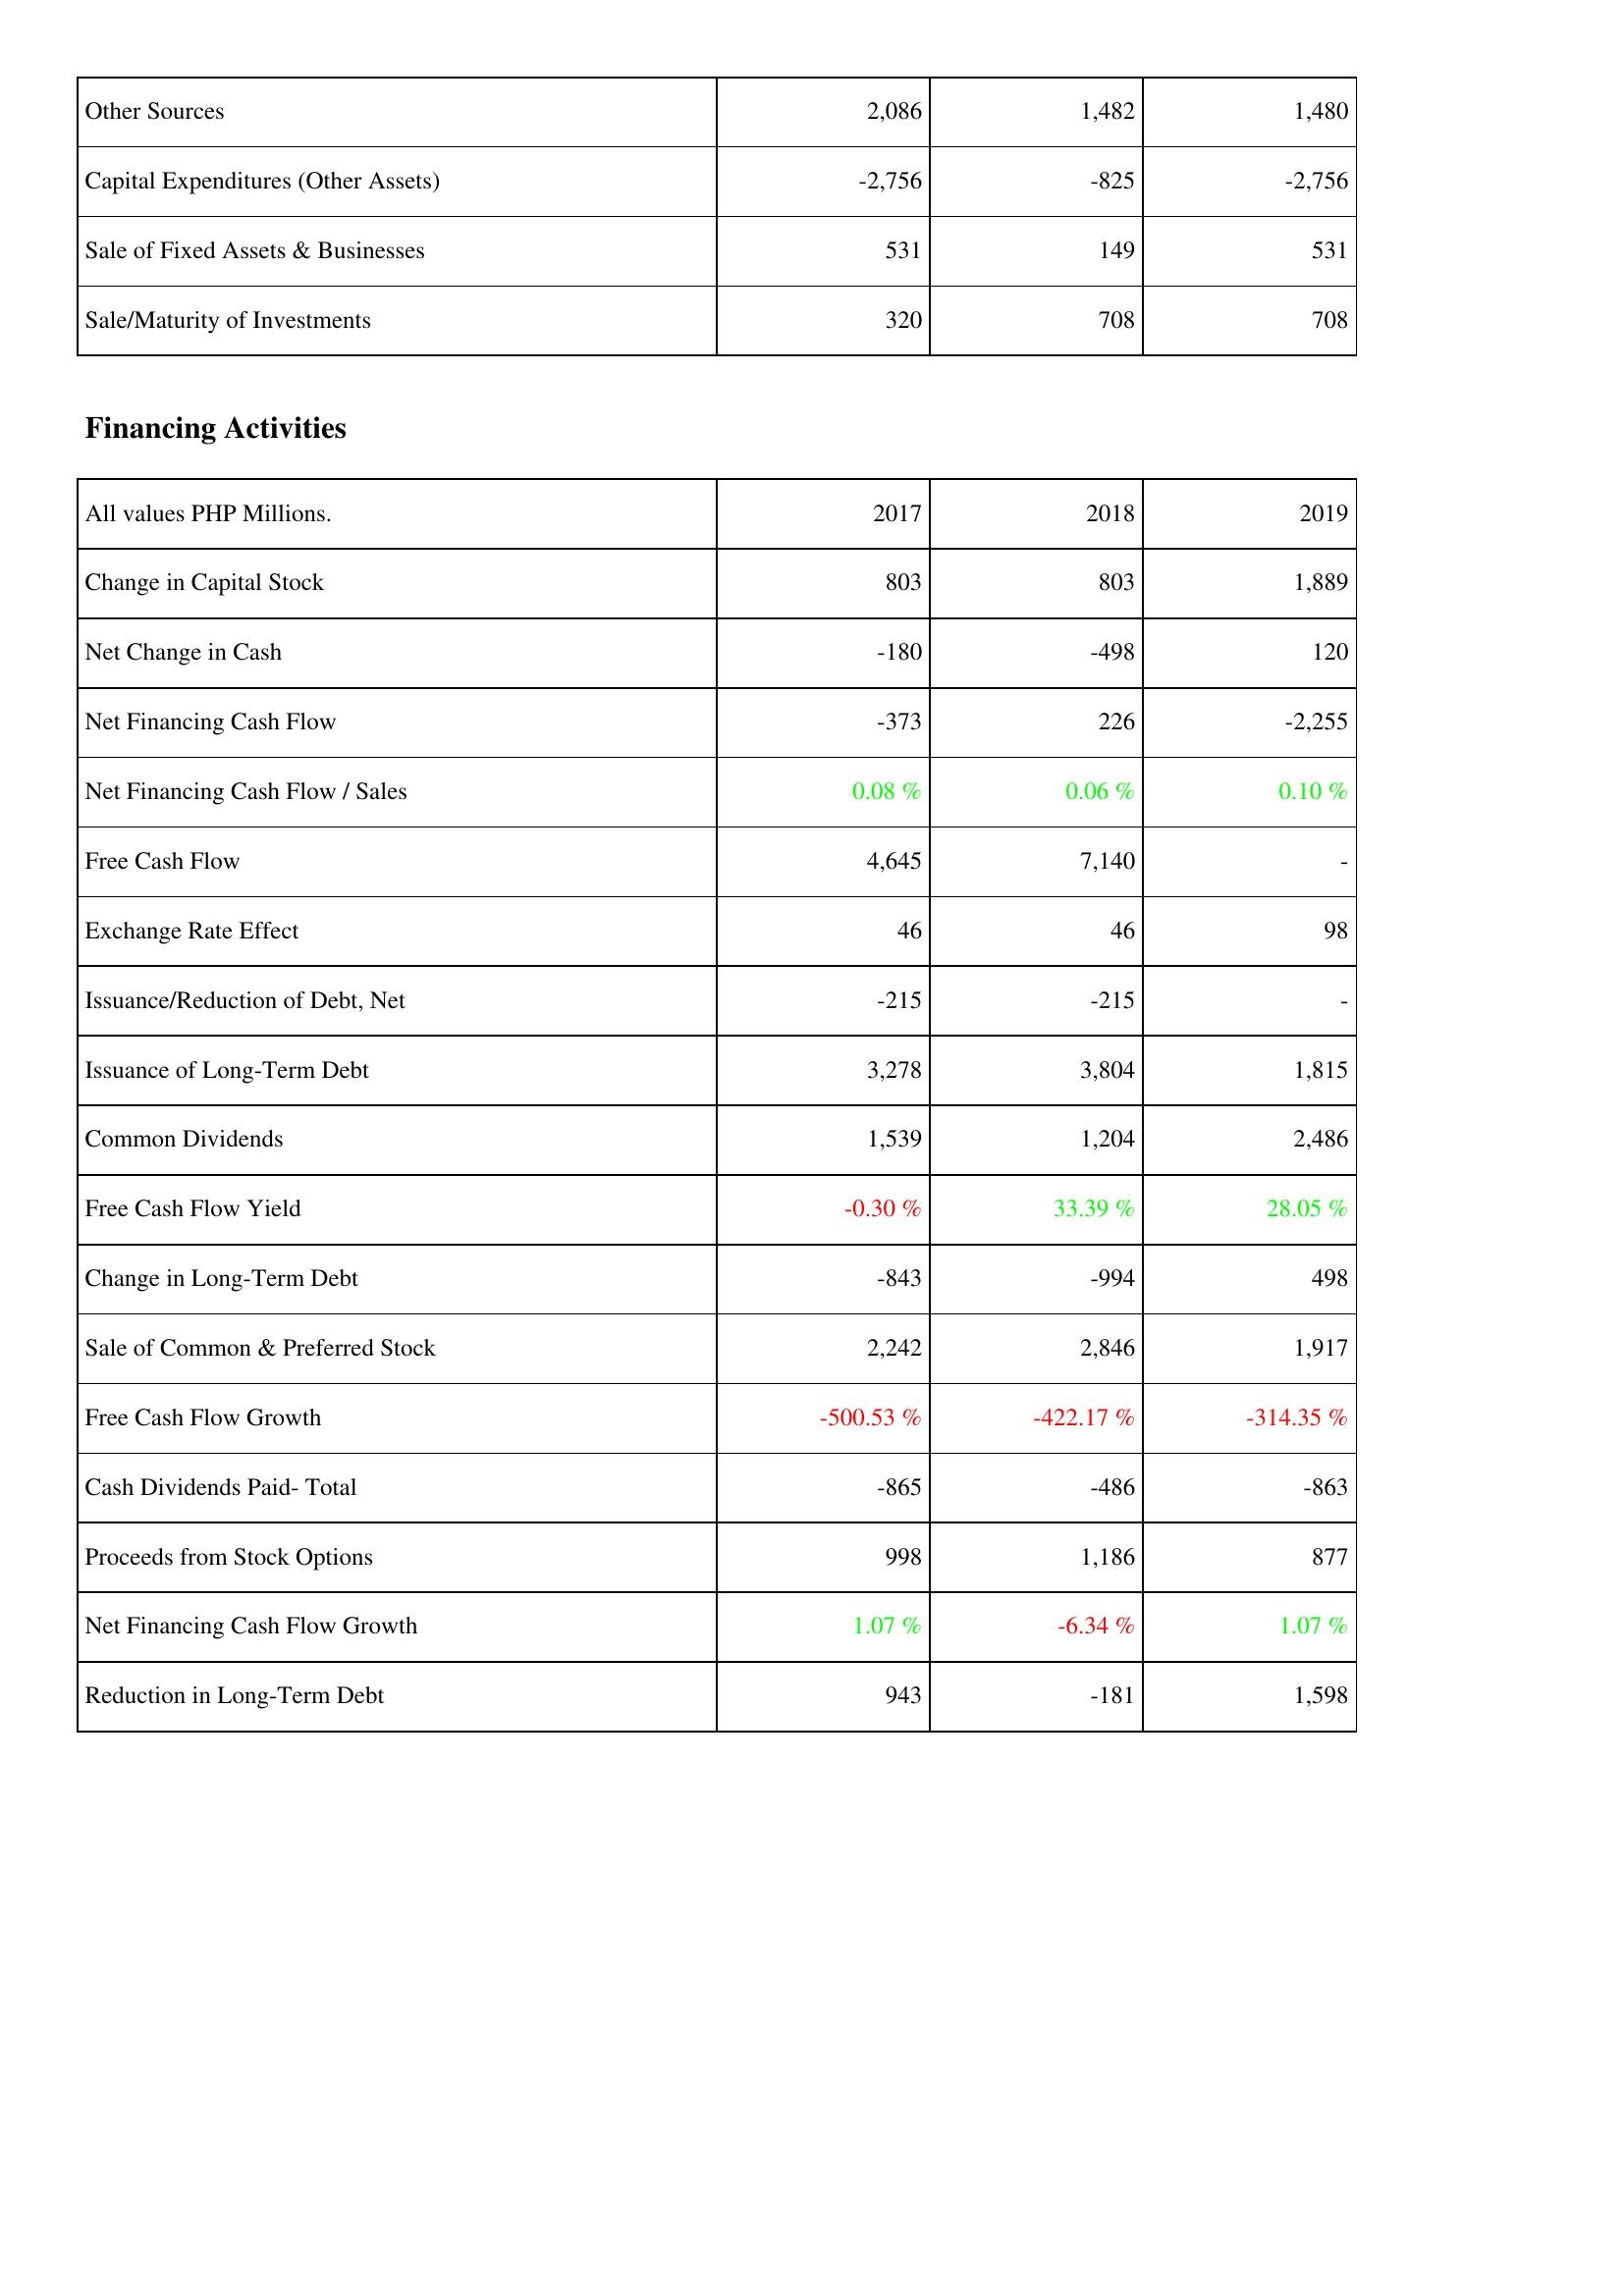
2017: Investing Activities: Other Sources: 2,086
Capital Expenditures (Other Assets): -2,756
Sale of Fixed Assets & Businesses: 531
Sale/Maturity of Investments: 320
Financing Activities: Change in Capital Stock: 803
Net Change in Cash: -180
Net Financing Cash Flow: -373
Net Financing Cash Flow / Sales: 0.08 %
Free Cash Flow: 4,645
Exchange Rate Effect: 46
Issuance/Reduction of Debt, Net: -215
Issuance of Long-Term Debt: 3,278
Common Dividends: 1,539
Free Cash Flow Yield: -0.30 %
Change in Long-Term Debt: -843
Sale of Common & Preferred Stock: 2,242
Free Cash Flow Growth: -500.53 %
Cash Dividends Paid- Total: -865
Proceeds from Stock Options: 998
Net Financing Cash Flow Growth: 1.07 %
Reduction in Long-Term Debt: 943
2018: Investing Activities: Other Sources: 1,482
Capital Expenditures (Other Assets): -825
Sale of Fixed Assets & Businesses: 149
Sale/Maturity of Investments: 708
Financing Activities: Change in Capital Stock: 803
Net Change in Cash: -498
Net Financing Cash Flow: 226
Net Financing Cash Flow / Sales: 0.06 %
Free Cash Flow: 7,140
Exchange Rate Effect: 46
Issuance/Reduction of Debt, Net: -215
Issuance of Long-Term Debt: 3,804
Common Dividends: 1,204
Free Cash Flow Yield: 33.39 %
Change in Long-Term Debt: -994
Sale of Common & Preferred Stock: 2,846
Free Cash Flow Growth: -422.17 %
Cash Dividends Paid- Total: -486
Proceeds from Stock Options: 1,186
Net Financing Cash Flow Growth: -6.34 %
Reduction in Long-Term Debt: -181
2019: Investing Activities: Other Sources: 1,480
Capital Expenditures (Other Assets): -2,756
Sale of Fixed Assets & Businesses: 531
Sale/Maturity of Investments: 708
Financing Activities: Change in Capital Stock: 1,889
Net Change in Cash: 120
Net Financing Cash Flow: -2,255
Net Financing Cash Flow / Sales: 0.10 %
Free Cash Flow: -
Exchange Rate Effect: 98
Issuance/Reduction of Debt, Net: -
Issuance of Long-Term Debt: 1,815
Common Dividends: 2,486
Free Cash Flow Yield: 28.05 %
Change in Long-Term Debt: 498
Sale of Common & Preferred Stock: 1,917
Free Cash Flow Growth: -314.35 %
Cash Dividends Paid- Total: -863
Proceeds from Stock Options: 877
Net Financing Cash Flow Growth: 1.07 %
Reduction in Long-Term Debt: 1,598